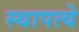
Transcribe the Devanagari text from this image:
स्थापत्ये